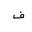
Letter: _fa